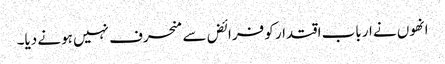
انھوں نے ارباب اقتدار کو فرائض سے منحرف نہیں ہونے دیا۔